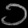
Digit: ၁